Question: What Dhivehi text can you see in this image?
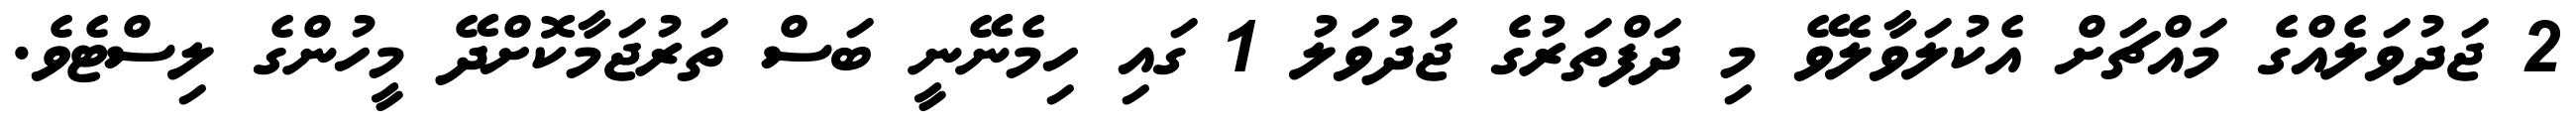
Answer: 2 ޖަދުވަލެއްގެ މައްޗަށް އެކުލަވާލެވޭ މި ދަފްތަރުގެ ޖަދުވަލު 1 ގައި ހިމެނޭނީ ބަސް ތަރުޖަމާކޮށްދޭ މީހުންގެ ލިސްޓެވެ.